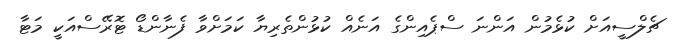
ޗެލްސީއަށް ކުޅެމުން އަންނަ ސްޕެއިންގެ އަނެއް ކުޅުންތެރިޔާ ކަމަށްވާ ފެނާންޑޯ ޓޮރޭސްއަކީ މަޓާ